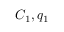
C _ { 1 } , q _ { 1 }